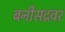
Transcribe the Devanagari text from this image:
बनीसद्रवर